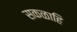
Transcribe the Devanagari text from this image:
सकळाहि